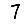
Digit: 7